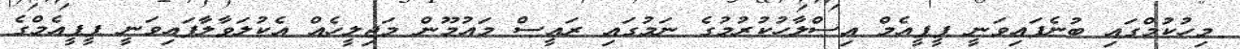
މިހުކުމްގައި ބުނެފައިވަނީ ޕީޕީއެމް އިސްލާހުކުރުމުގެ ނަމުގައި ރައީސް މައުމޫން މަޖިލީހެއް އެކުލަވާލާފައިވަނީ ޕީޕީއެމްގެ